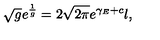
\sqrt { g } e ^ { \frac { 1 } { g } } = 2 \sqrt { 2 \pi } e ^ { \gamma _ { E } + c } l ,